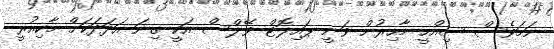
ނަމަވެސް ސިއްހީ މާހިރުން ވަނީ ޕައިލޮޓް ވޭލްސް އަކީ ގިނަ އަދަދަކަށް މާކިއުރީ